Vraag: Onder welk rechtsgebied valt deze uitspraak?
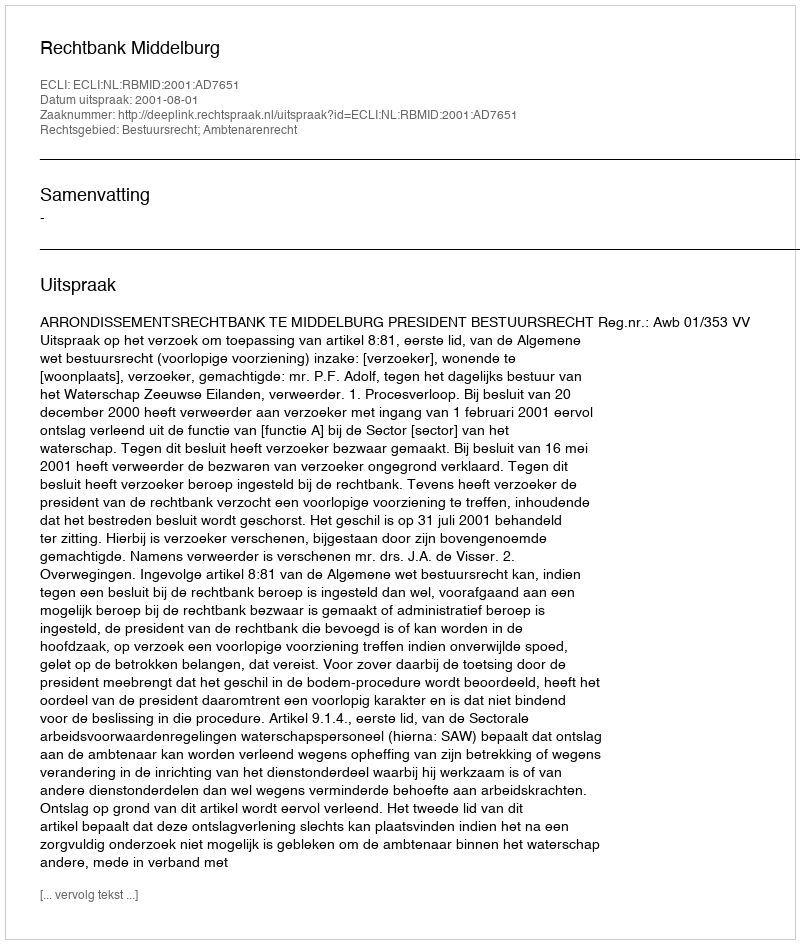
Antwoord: Bestuursrecht; Ambtenarenrecht